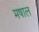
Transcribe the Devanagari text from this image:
मषाल